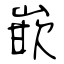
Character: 嵌